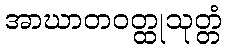
အာဃာတဝတ္ထုသုတ္တံ